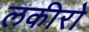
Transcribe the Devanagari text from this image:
लकीरो